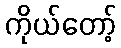
ကိုယ်တော့်